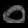
Digit: ၀